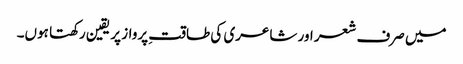
میں صرف شعر اور شاعری کی طاقتِ پرواز پر یقین رکھتا ہوں۔